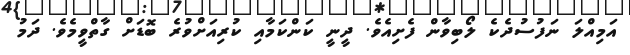
އަމިއްލަ ނަފުސުދެކެ ލޯބިވާން ފެށިއެވެ. ދީނީ ކަންކަމާއި ކުރިއަށްވުރެ ބޮޑަށް ގާތްވީމެވެ. ދަމު